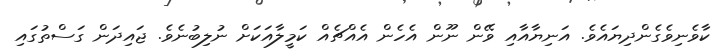
ކާވެނިވެގެންދިޔައެވެ. އަނިޔާއާއި ވޭން ނޫން އެހެން އެއްޗެއް ކަމީލާއަކަށް ނުލިބުނެވެ. ޖައިދަން ގަސްތުގައި